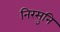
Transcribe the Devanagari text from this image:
निरसुनि